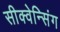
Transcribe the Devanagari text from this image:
सीक्वेन्सिंग